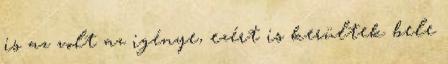
is az volt az igénye, ezért is kerültek bele